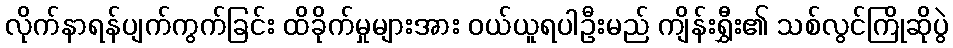
လိုက်နာရန်ပျက်ကွက်ခြင်း ထိခိုက်မှုများအား ဝယ်ယူရပါဦးမည် ကျိန်းရွှီး၏ သစ်လွင်ကြိုဆိုပွဲ